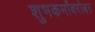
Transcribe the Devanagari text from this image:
शुभकर्मांबरोबर